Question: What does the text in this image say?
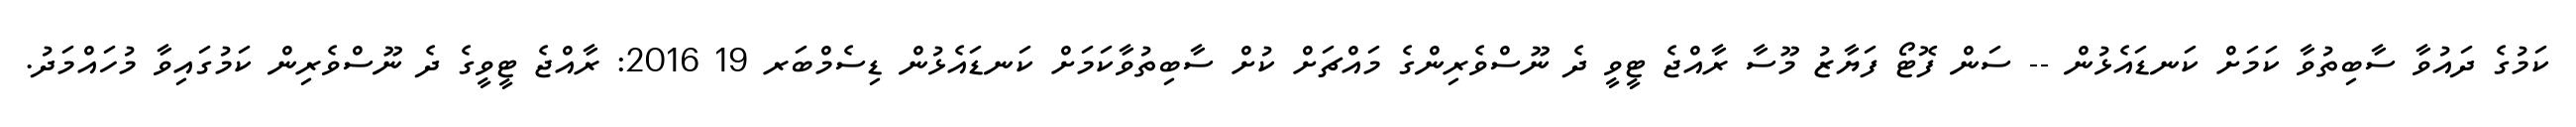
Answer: ކަމުގެ ދައުވާ ސާބިތުވާ ކަމަށް ކަނޑައެޅުން -- ސަން ފޮޓޯ ފަޔާޒު މޫސާ ރާއްޖެ ޓީވީ ދެ ނޫސްވެރިންގެ މައްޗަށް ކުށް ސާބިތުވާކަމަށް ކަނޑައެޅުން ޑިސެމްބަރ 19 2016: ރާއްޖެ ޓީވީގެ ދެ ނޫސްވެރިން ކަމުގައިވާ މުހައްމަދު.